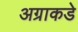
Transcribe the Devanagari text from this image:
अग्राकडे